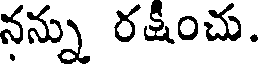
నన్ను రక్షంచు.